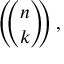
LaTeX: \left( \! \! { \binom { n } { k } } \! \! \right) ,